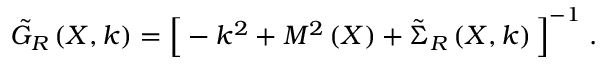
\tilde { G } _ { R } \left( X , k \right) = \Big [ - k ^ { 2 } + M ^ { 2 } \left( X \right) + \tilde { \Sigma } _ { R } \left( X , k \right) \Big ] ^ { - 1 } \; .